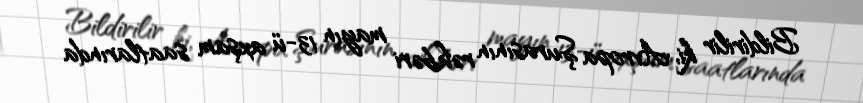
Bildirilir ki, Avropa Şurasının rəhbəri mayın 13-ü axşam saatlarında